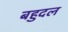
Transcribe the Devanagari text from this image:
बहुदल